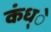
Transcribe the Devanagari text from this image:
कंध्े